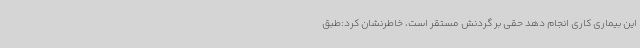
این بیماری کاری انجام دهد حقی بر گردنش مستقر است، خاطرنشان کرد:طبق